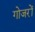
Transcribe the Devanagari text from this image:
गोजरों